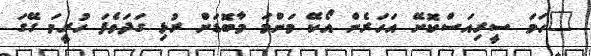
"ހަމަ ސީރިއަސްކޮށޭ އަހަރެން އޯކޭ މަންމަ މާބޮޑަށް ރުޅި ގަދަވެފަ ހުރީމަ ގޭގަ